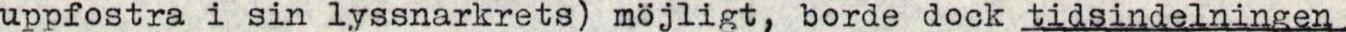
uppfostra i sin lyssnarkrets) möjligt, borde dock tidsindelningen